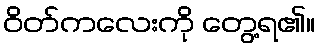
ဝိတ်ကလေးကို တွေ့ရ၏။